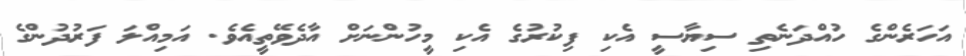
އަހަރެންގެ ހުއްދަނެތި ސިޔާސީ އެކި ފިކުރުގެ އެކި މީހުންނަށް އާދެވޭތީއެވެ. އަމިއްލަ ފަރުދުންގެ